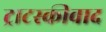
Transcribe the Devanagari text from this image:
ट्राटस्कीवाद